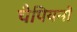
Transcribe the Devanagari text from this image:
चैपियनों